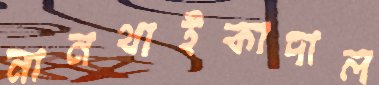
নানথাইকাদাল